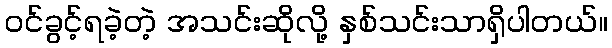
ဝင်ခွင့်ရခဲ့တဲ့ အသင်းဆိုလို့ နှစ်သင်းသာရှိပါတယ်။